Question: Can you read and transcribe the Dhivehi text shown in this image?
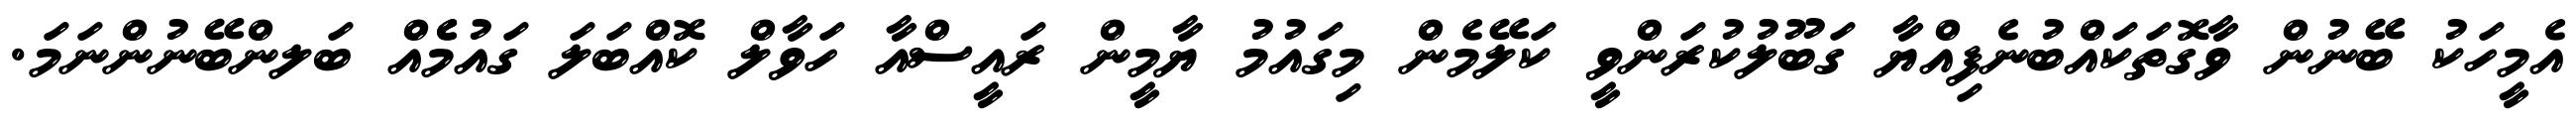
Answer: އެމީހަކު ބޭނުން ވާގޮތަކައްބުނެފިއްޔާ ގަބޫލުކުރަންވީ ކަލޭމެން މިގައުމު ޔާމީން ރައީސްއާ ހަވާލް ކޮއްބަލަ ގައުމެެއް ބަލންބޭނުންނަމަ.